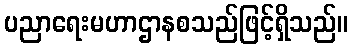
ပညာရေးမဟာဌာနစသည်ဖြင့်ရှိသည်။